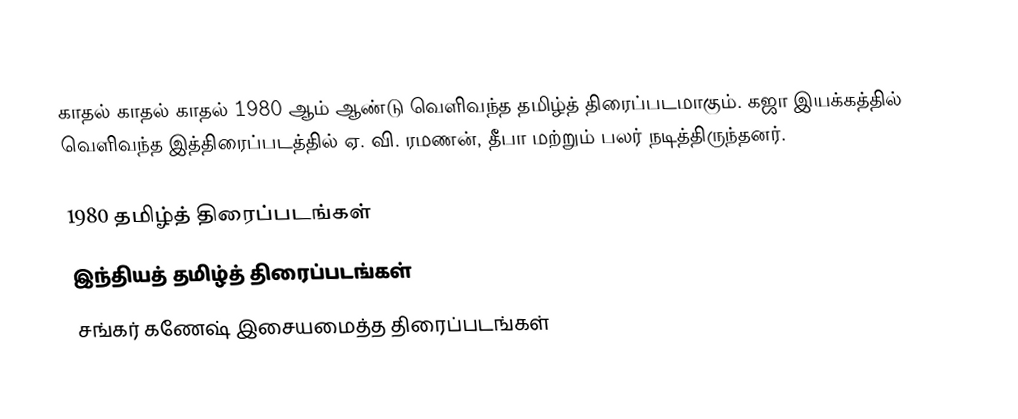
காதல் காதல் காதல் 1980 ஆம் ஆண்டு வெளிவந்த தமிழ்த் திரைப்படமாகும். கஜா இயக்கத்தில் வெளிவந்த இத்திரைப்படத்தில் ஏ. வி. ரமணன், தீபா மற்றும் பலர் நடித்திருந்தனர்.

1980 தமிழ்த் திரைப்படங்கள்
இந்தியத் தமிழ்த் திரைப்படங்கள்
சங்கர் கணேஷ் இசையமைத்த திரைப்படங்கள்